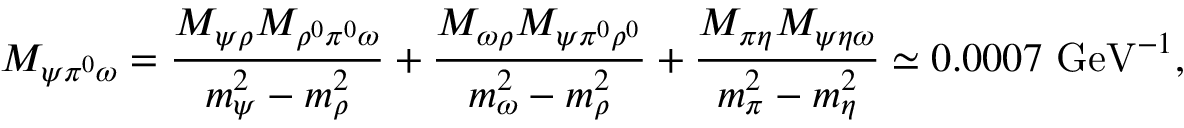
M _ { \psi \pi ^ { 0 } \omega } = \frac { M _ { \psi \rho } M _ { \rho ^ { 0 } \pi ^ { 0 } \omega } } { m _ { \psi } ^ { 2 } - m _ { \rho } ^ { 2 } } + \frac { M _ { \omega \rho } M _ { \psi \pi ^ { 0 } \rho ^ { 0 } } } { m _ { \omega } ^ { 2 } - m _ { \rho } ^ { 2 } } + \frac { M _ { \pi \eta } M _ { \psi \eta \omega } } { m _ { \pi } ^ { 2 } - m _ { \eta } ^ { 2 } } \simeq 0 . 0 0 0 7 \mathrm { ~ G e V } ^ { - 1 } ,